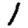
Digit: 1